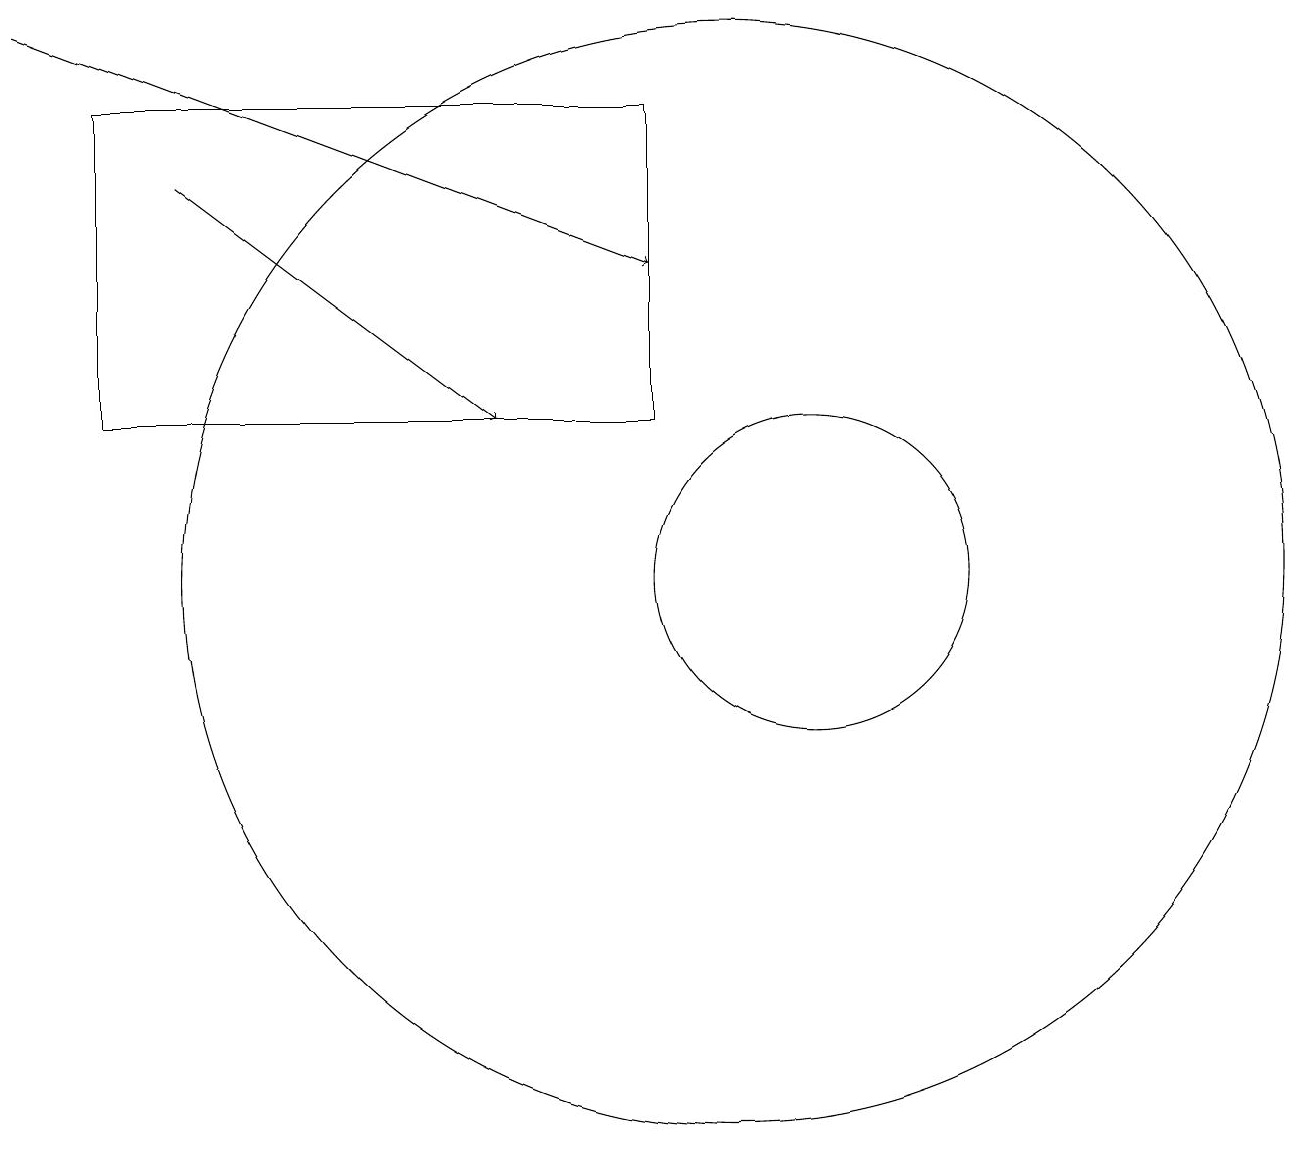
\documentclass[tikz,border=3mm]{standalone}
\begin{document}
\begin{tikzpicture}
\draw[->] (3,17) -- (7,14);
\draw (12,11) circle (0);
\draw (11,12) circle (2);
\draw (2,18) rectangle (9,14);
\draw[->] (1,19) -- (9,16);
\draw (10,12) circle (7);
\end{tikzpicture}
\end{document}